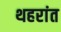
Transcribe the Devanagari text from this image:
थहरांत